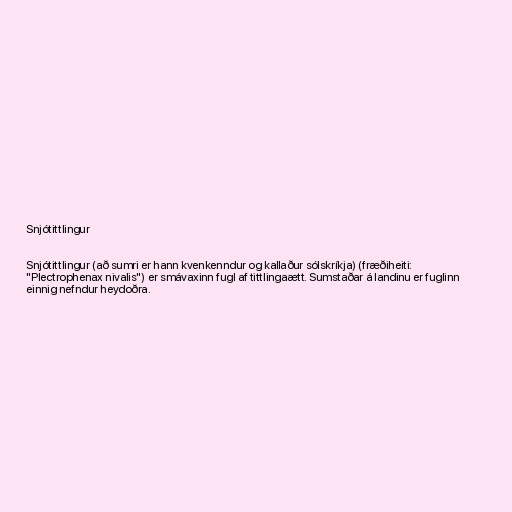
Snjótittlingur

Snjótittlingur (að sumri er hann kvenkenndur og kallaður sólskríkja) (fræðiheiti:
"Plectrophenax nivalis") er smávaxinn fugl af tittlingaætt. Sumstaðar á landinu er fuglinn
einnig nefndur heydoðra.